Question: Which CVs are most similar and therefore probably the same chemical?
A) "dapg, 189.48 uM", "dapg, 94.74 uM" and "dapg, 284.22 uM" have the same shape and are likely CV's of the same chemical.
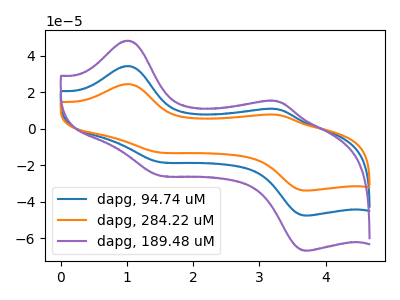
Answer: <think>The blue curve "dapg, 94.74 uM" has anodic peaks at (1.00V, 34.40uA) (3.25V, 10.75uA) and cathodic peaks at (1.50V, -18.25uA) (3.75V, -47.60uA). The orange curve "dapg, 284.22 uM" has anodic peaks at (1.00V, 68.80uA) (3.25V, 21.55uA) and cathodic peaks at (1.50V, -36.50uA) (3.75V, -95.20uA). The purple curve "dapg, 189.48 uM" has anodic peaks at (1.00V, 48.30uA) (3.25V, 15.10uA) and cathodic peaks at (1.50V, -25.65uA) (3.75V, -66.85uA).
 All the peaks in "dapg, 94.74 uM" have a peak in "dapg, 284.22 uM" at the same potential. Every peak in "dapg, 94.74 uM" is lower than every peak in "dapg, 284.22 uM". All the peaks in "dapg, 94.74 uM" have a peak in "dapg, 189.48 uM" at the same potential. Every peak in "dapg, 94.74 uM" is lower than every peak in "dapg, 189.48 uM". All the peaks in "dapg, 284.22 uM" have a peak in "dapg, 189.48 uM" at the same potential. Every peak in "dapg, 284.22 uM" is higher than every peak in "dapg, 189.48 uM".</think>
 <answer>A) "dapg, 189.48 uM", "dapg, 94.74 uM" and "dapg, 284.22 uM" have the same shape and are likely CV's of the same chemical.</answer>
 <eval>A</eval>